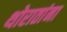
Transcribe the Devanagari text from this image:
थोरातांना